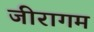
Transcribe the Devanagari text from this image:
जीरागम